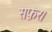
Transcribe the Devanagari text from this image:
सफ़र।